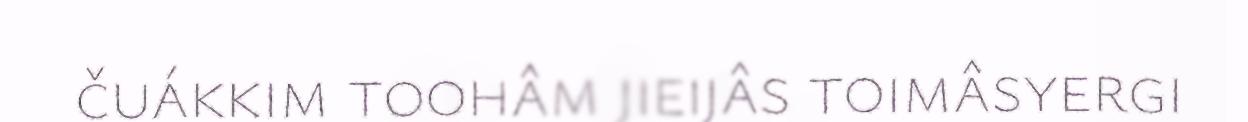
čuákkim toohâm jieijâs toimâsyergi